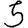
Digit: 5